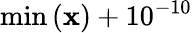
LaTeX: \operatorname*{min}\left(\mathbf{x}\right)+10^{-10}